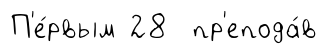
П'е́рвым 28 пр'епода́в